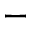
-